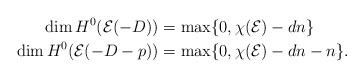
LaTeX: \begin{align*}\dim H^0(\mathcal{E}(-D)) &= \max\{0, \chi(\mathcal{E}) - dn\} \\\dim H^0(\mathcal{E}(-D - p)) &= \max\{0, \chi(\mathcal{E}) - dn - n\}.\end{align*}